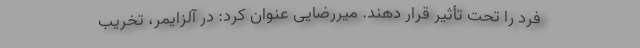
فرد را تحت تأثیر قرار دهند. میررضایی عنوان کرد: در آلزایمر، تخریب